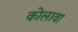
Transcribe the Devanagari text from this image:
कोलावा